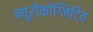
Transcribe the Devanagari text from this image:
न्यूरोकोग्निटिव